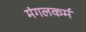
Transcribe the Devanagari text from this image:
मंगलकर्म